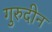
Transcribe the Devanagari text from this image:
गुरुदीन